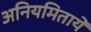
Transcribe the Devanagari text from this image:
अनियमितायें